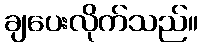
ချပေးလိုက်သည်။